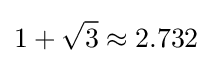
1+{\sqrt {3}}\approx 2.732